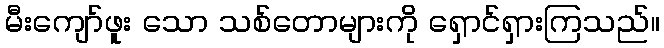
မီးကျော်ဖူး သော သစ်တောများကို ရှောင်ရှားကြသည်။